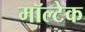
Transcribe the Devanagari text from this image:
मॉल्टेक